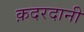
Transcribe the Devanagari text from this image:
क़दरदानी